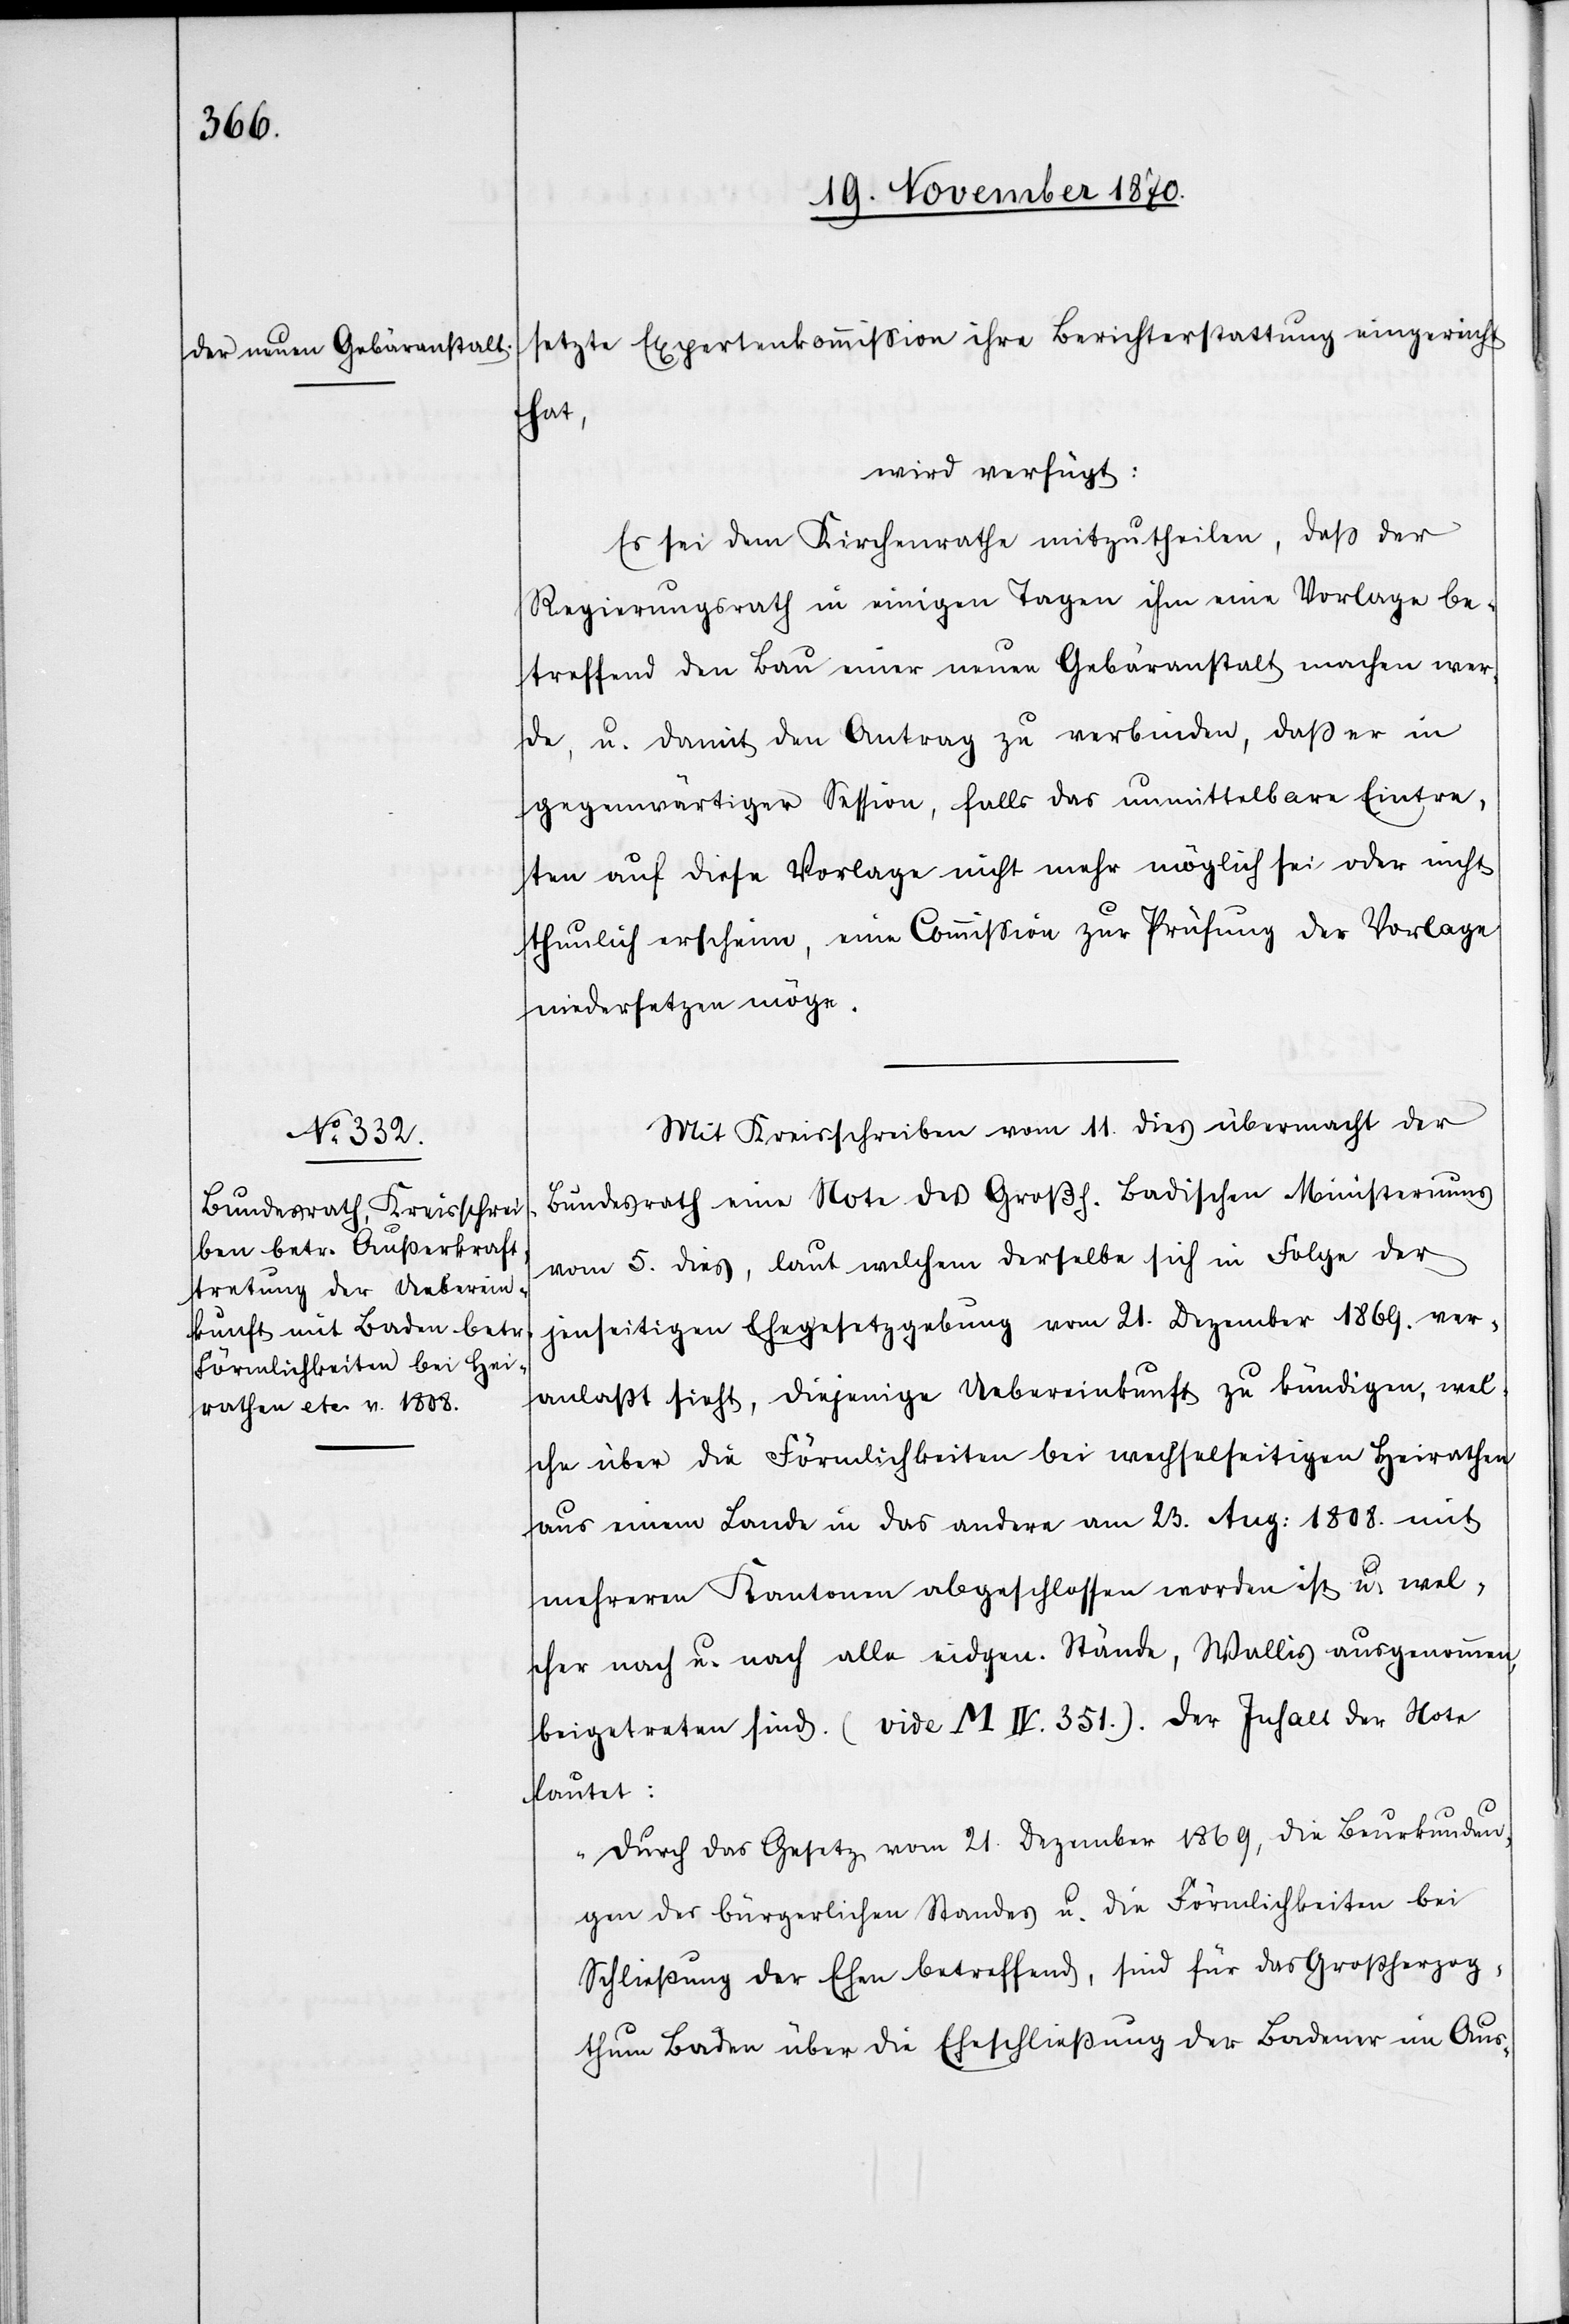
setzte Expertenkommission ihre Berichterstattung eingereicht
hat,
wird verfügt:
Es sei dem Kantonsrathe mitzutheilen, daß der
Regierungsrath in einigen Tagen ihm eine Vorlage be¬
treffend den Bau einer neuen Gebäranstalt machen wer¬
de, u. damit den Antrag zu verbinden, daß er in
gegenwärtiger Session, falls das unmittelbare Eintre¬
ten auf diese Vorlage nicht mehr möglich sei oder nicht
thunlich erscheine, eine Commißion zur Prüfung der Vorlage
niedersetzen möge.
Mit Kreisschreiben vom 11. dieß übermacht der
Bundesrath eine Note des Großh. badischen Ministeriums
vom 5. dieß, laut welchem derselbe sich in Folge der
jenseitigen Ehegesetzgebung vom 21. Dezember 1869. ver¬
anlaßt sieht, diejenige Uebereinkunft zu kündigen, wel¬
che über die Förmlichkeiten bei wechselseitigen Heirathen
aus einem Lande in das andere am 23. Aug: 1808. mit
mehreren Kantonen abgeschlossen worden ist u. wel¬
cher nach u. nach alle eidgen. Stände, Wallis ausgenommen,
beigetreten sind. (vide M V. 351.) der Inhalt der Note
lautet:
„Durch das Gesetz vom 21. Dezember 1869, die Beurkundun¬
gen des bürgerlichen Standes u. die Förmlichkeiten bei
Schließung der Ehe betreffend, sind für das Großherzog¬
thum Baden über die Eheschließung der Badener im Aus-